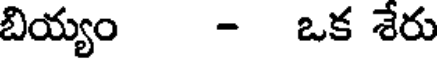
బియ్యం - ఒక శేరు